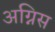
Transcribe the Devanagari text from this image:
अग्निस